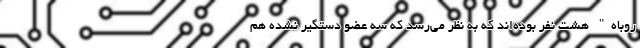
روباه" هشت نفر بوده‌اند که به نظر می‌رسد که سه عضو دستگیر نشده هم